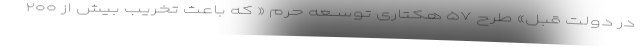
در دولت قبل» طرح ۵۷ هکتاری توســعه حرم « که باعث تخریب بیش از ۲۰۰